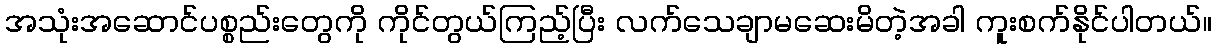
အသုံးအဆောင်ပစ္စည်းတွေကို ကိုင်တွယ်ကြည့်ပြီး လက်သေချာမဆေးမိတဲ့အခါ ကူးစက်နိုင်ပါတယ်။